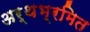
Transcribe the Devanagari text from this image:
अर्थभ्रमित